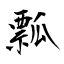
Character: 瓢